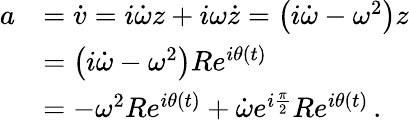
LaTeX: {\begin{array}{rl}{a}&{={\dot{v}}=i{\dot{\omega}}z+i\omega{\dot{z}}=\left(i{\dot{\omega}}-\omega^{2}\right)z}\\ &{=\left(i{\dot{\omega}}-\omega^{2}\right)Re^{i\theta(t)}}\\ &{=-\omega^{2}Re^{i\theta(t)}+{\dot{\omega}}e^{i{\frac{\pi}{2}}}Re^{i\theta(t)}\, .}\end{array}}